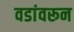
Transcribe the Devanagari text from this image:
वडांवरून